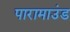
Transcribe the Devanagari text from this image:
पारामाउंड